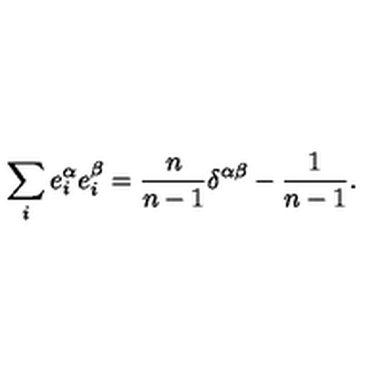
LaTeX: \sum _ { i } e _ { i } ^ { \alpha } e _ { i } ^ { \beta } = \frac { n } { n - 1 } \delta ^ { \alpha \beta } - \frac { 1 } { n - 1 } .